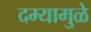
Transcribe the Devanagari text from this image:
दम्यामुळे